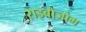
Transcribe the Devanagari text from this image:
राइबोजोम